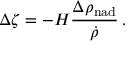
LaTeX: \Delta \zeta = - H { \frac { \Delta \rho _ { \mathrm { n a d } } } { \dot { \rho } } } \, .